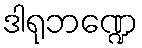
ဒါရုဘဏ္ဍေ